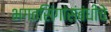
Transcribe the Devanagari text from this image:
भगतसिंगांसंबंधीचे